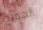
المديح